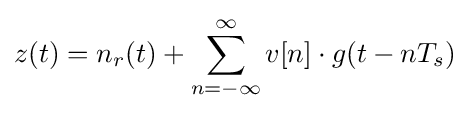
z(t)=n_{r}(t)+\sum _{n=-\infty }^{\infty }v[n]\cdot g(t-nT_{s})